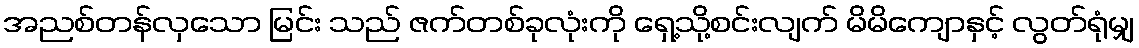
အညစ်တန်လှသော မြင်း သည် ဇက်တစ်ခုလုံးကို ရှေ့သို့စင်းလျက် မိမိကျောနှင့် လွတ်ရုံမျှ